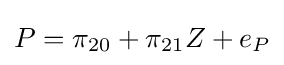
P=\pi _{20}+\pi _{21}Z+e_{P}